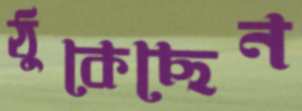
ঠুকেছেন